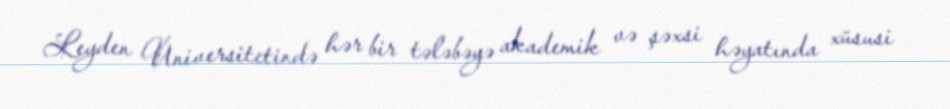
Leyden Universitetində hər bir tələbəyə akademik və şəxsi həyatında xüsusi